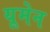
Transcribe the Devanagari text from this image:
यूमेन